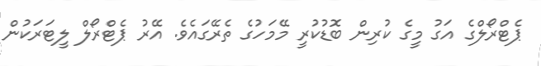
ޕެޓްރޯލްގެ އަގު މީގެ ކުރިން ބޮޑުކުރީ މޭމަހުގެ ތެރޭގައެވެ. އޭރު ޕެޓްރޯލް ލީޓަރަކުން